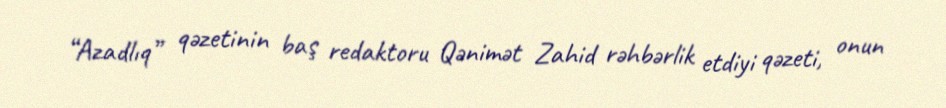
“Azadlıq” qəzetinin baş redaktoru Qənimət Zahid rəhbərlik etdiyi qəzeti, onun